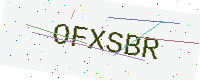
Text: OFXSBR